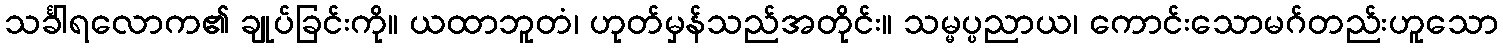
သင်္ခါရလောက၏ ချုပ်ခြင်းကို။ ယထာဘူတံ၊ ဟုတ်မှန်သည်အတိုင်း။ သမ္မပ္ပညာယ၊ ကောင်းသောမဂ်တည်းဟူသော